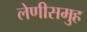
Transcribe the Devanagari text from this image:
लेणीसमुह